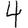
Digit: 4